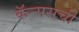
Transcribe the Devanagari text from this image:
कॅन्ससची